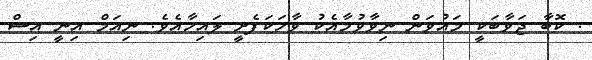
. ކޮބާ ޖަވާބަކީ މައުވަން ނިވާވުމާއެކު ވާހަކަފެށީ ލައިހާއެވެ. ނިއަމް އިނީ އިސް